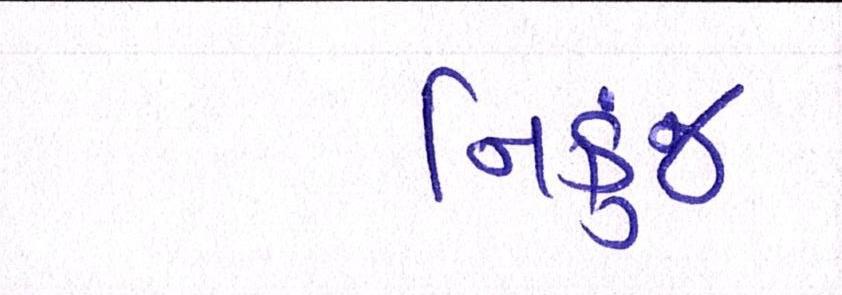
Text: નિકુંજ